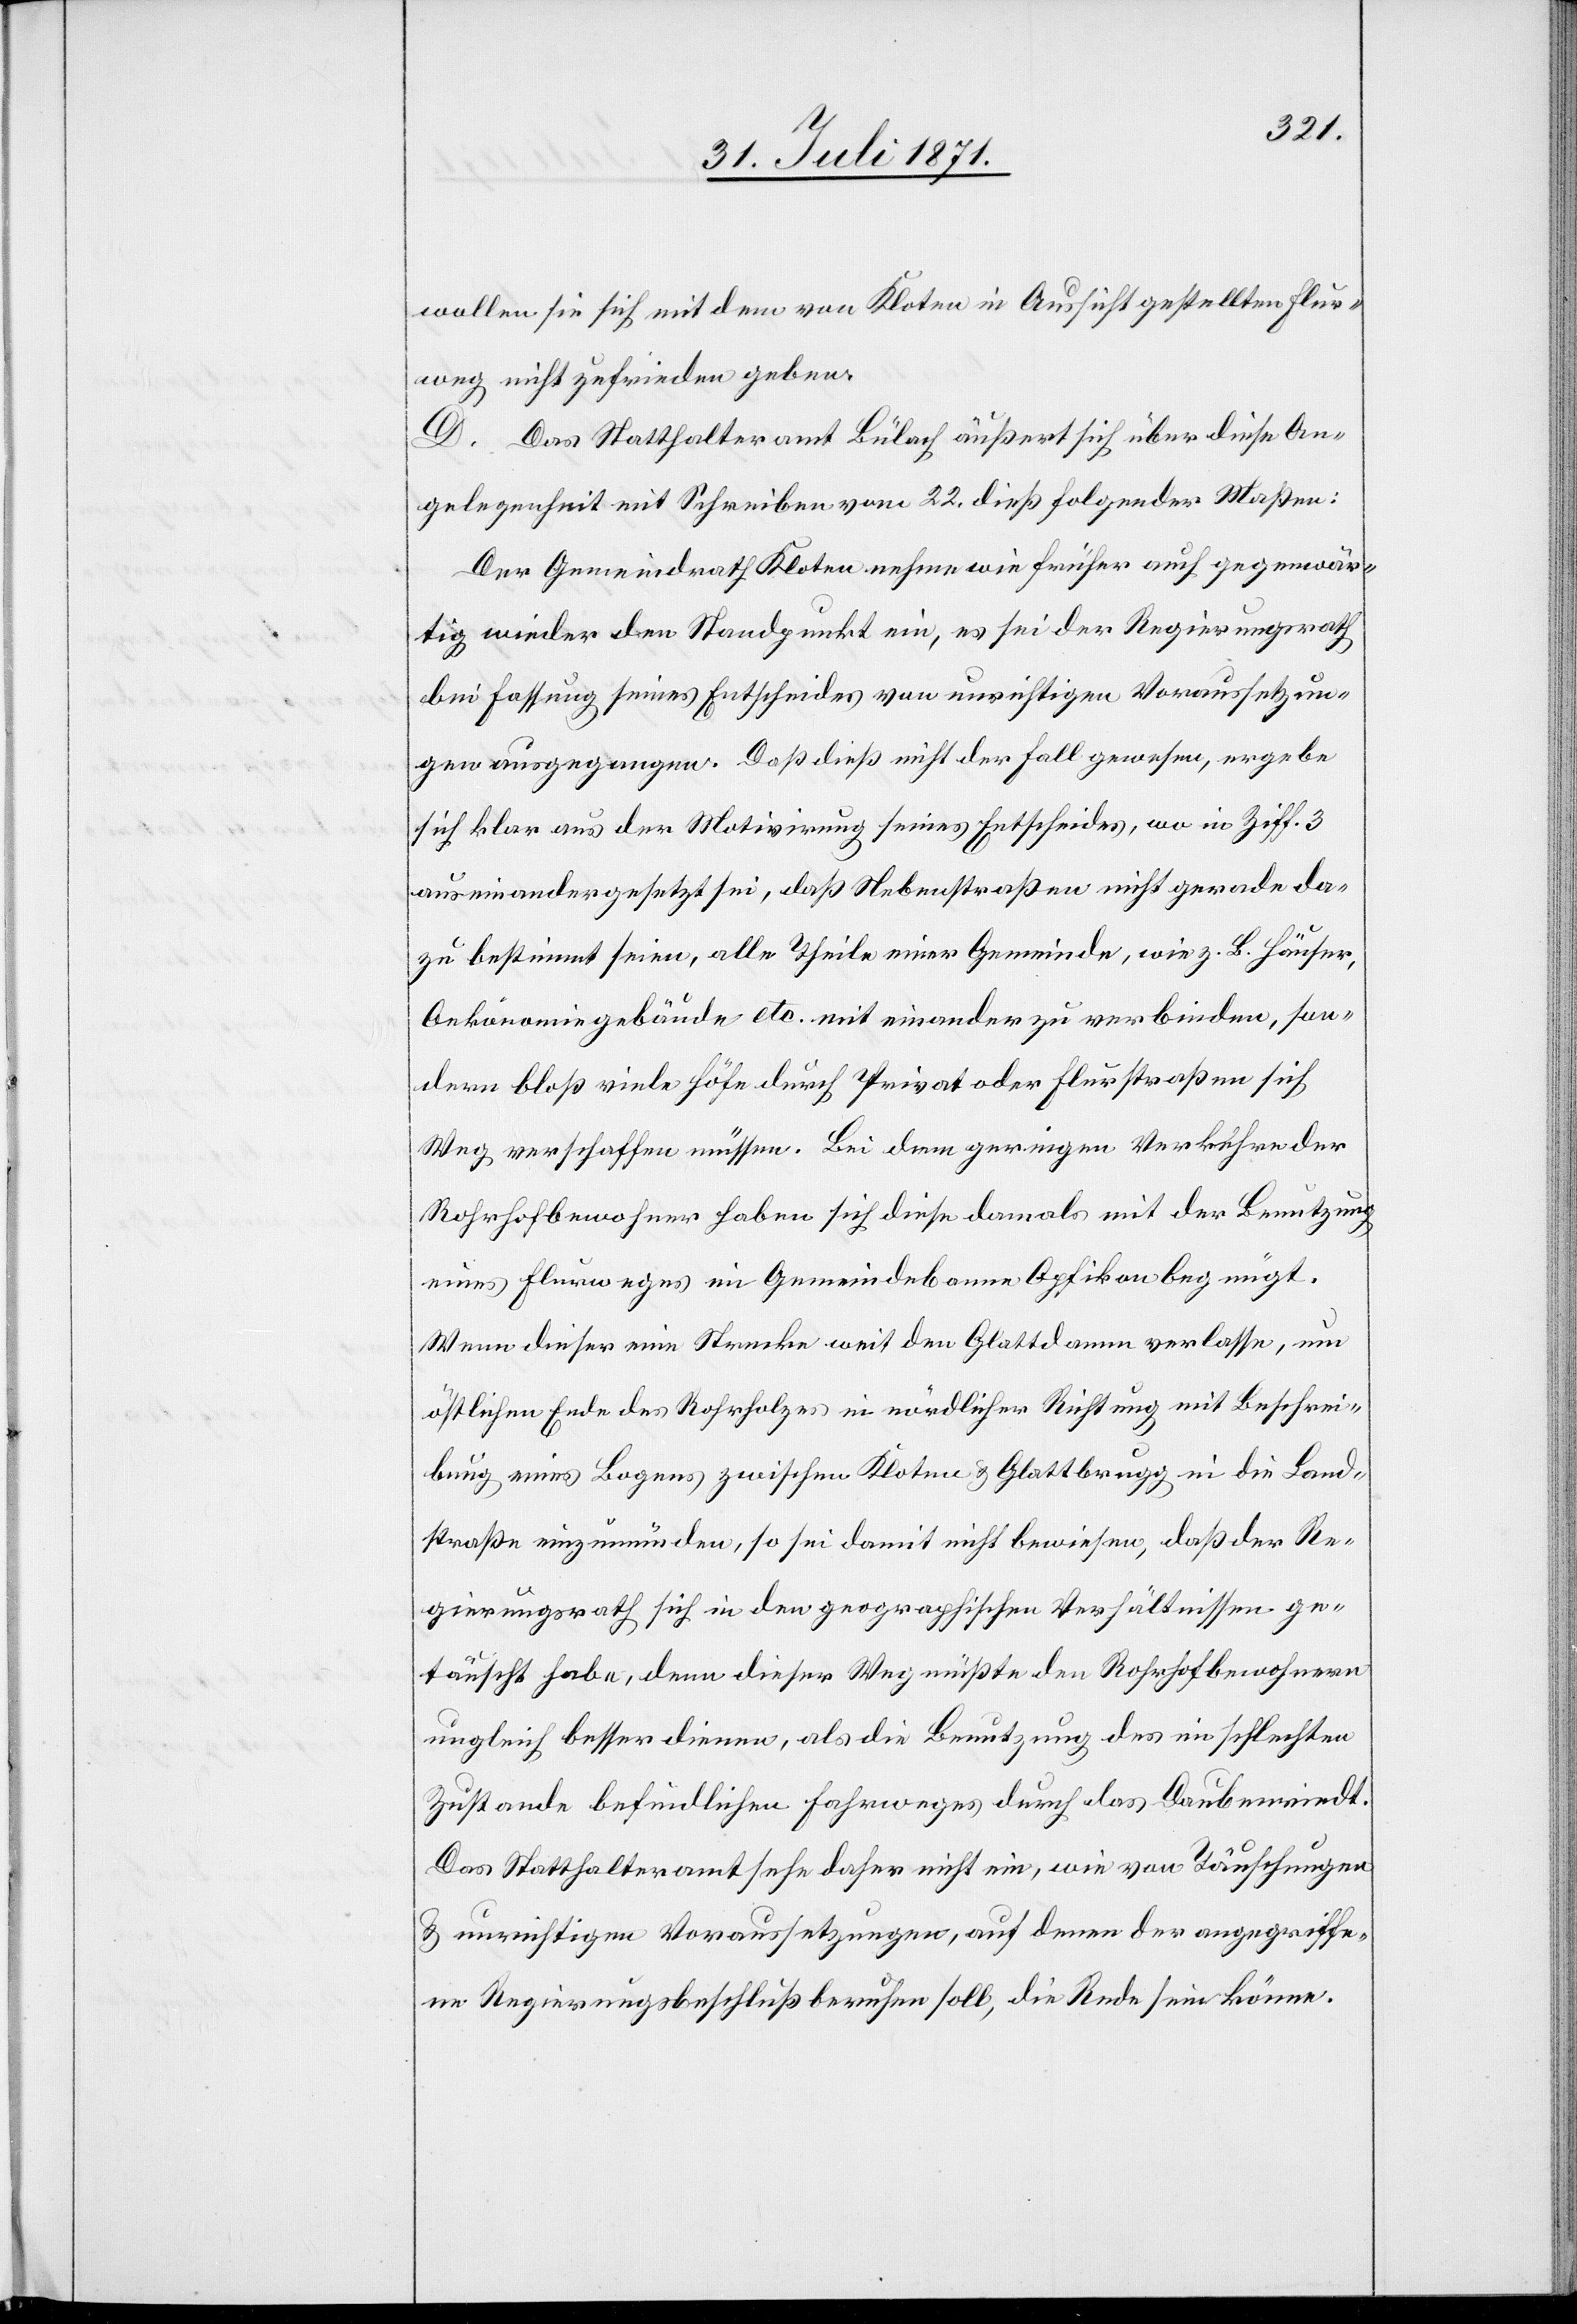
wollen sie sich mit dem von Kloten in Aussicht gestellten Flur¬
weg nicht zufrieden geben.
D. Das Statthalteramt Bülach äußert sich über diese An¬
gelegenheit mit Schreiben vom 22. dieß folgender Maßen:
Der Gemeindrath Kloten nehme wie früher auch gegenwär¬
tig wieder den Standpunkt ein, es sei der Regierungsrath
bei Fassung seines Entscheides von unrichtigen Voraussetzun¬
gen ausgegangen. Daß dieß nicht der Fall gewesen, ergebe
sich klar aus der Motivirung seines Entscheides. wo in Ziff. 3
auseinandergesetzt sei, daß Nebenstraßen nicht gerade da¬
zu bestimmt seien, alle Theile einer Gemeinde, wie z. B. Häuser,
Oekonomiegebäude etc. mit einander zu verbinden, son¬
dern bloß viele Höfe durch Privat oder Flurstraßen sich
Weg verschaffen müssen. Bei dem geringen Verkehre der
Rohrhofbewohner haben sich diese damals mit der Benutzung
eines Flurweges im Gemeindebanne Opfikon begnügt.
Wenn dieser eine Strecke weit den Glattdamm verlasse, um
östlichen Ende des Rohrholzes in nördlicher Richtung mit Beschrei¬
bung eines Bogens zwischen Kloten u. Glattbrugg in die Land¬
straße einzumünden, so sei damit nicht bewiesen, daß der Re¬
gierungsrath sich in den geographischen Verhältnissen ge¬
täuscht habe, denn dieser Weg müßte den Rohrhofbewohnern
ungleich besser dienen, als die Benutzung des im schlechten
Zustande befindlichen Fahrweges durch das Daubenriedt.
Das Statthalteramt sehe daher nicht ein, wie von Täuschung
u. unrichtigen Voraussetzungen, auf denen der angegriffe¬
ne Regierungsbeschluß beruhen soll, die Rede sein könne.